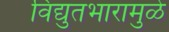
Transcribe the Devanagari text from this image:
विद्युतभारामुळे